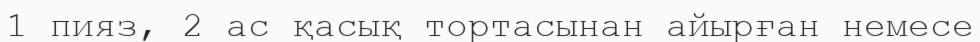
1 пияз, 2 ас қасық тортасынан айырған немесе